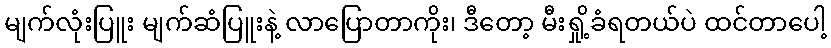
မျက်လုံးပြူး မျက်ဆံပြူးနဲ့ လာပြောတာကိုး၊ ဒီတော့ မီးရှို့ခံရတယ်ပဲ ထင်တာပေါ့